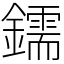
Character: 鑐